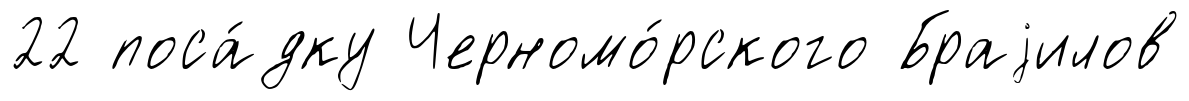
22 поса́дку Черномо́рского Браjилов